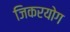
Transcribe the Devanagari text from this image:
जिकरयोग